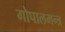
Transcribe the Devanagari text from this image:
गोपालमन्त्र